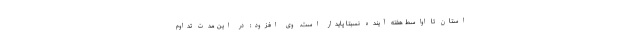
استان تا اواسط هفته آینده نسبتا پایدار است. وی افزود: در این مدت تداوم